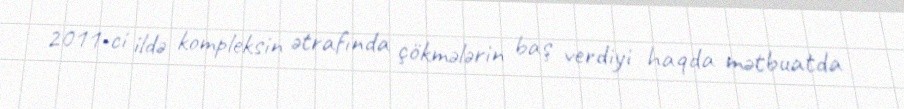
2011-ci ildə kompleksin ətrafında çökmələrin baş verdiyi haqda mətbuatda